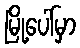
မြို့ပေါ်မှာ